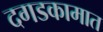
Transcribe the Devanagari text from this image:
दगडकामात